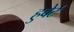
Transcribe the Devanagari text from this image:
हुबेर्ट